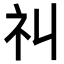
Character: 𥘊